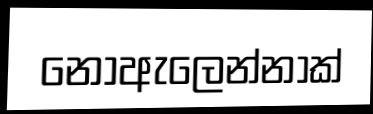
නොඇලෙන්නාක්